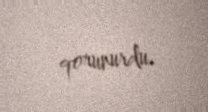
qorunurdu.